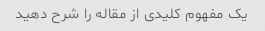
یک مفهوم کلیدی از مقاله را شرح دهید